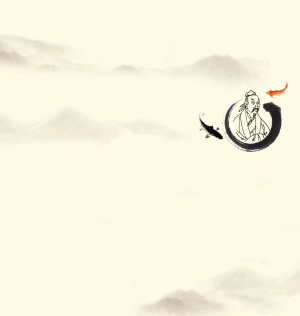
以天下为沈浊，不可与庄语。